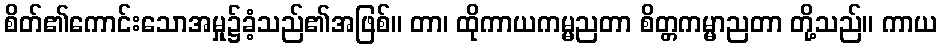
စိတ်၏ကောင်းသောအမှု၌ခံ့သည်၏အဖြစ်။ တာ၊ ထိုကာယကမ္မညတာ စိတ္တကမ္မာညတာ တို့သည်။ ကာယ